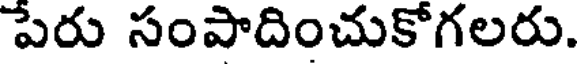
పేరు సంపాదించుకోగలరు.